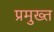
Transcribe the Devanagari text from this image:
प्रमुख्त